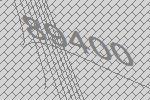
89400